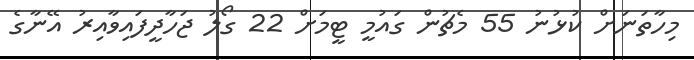
މިހާތަނަށް ކުޅުނު 55 މެޗުން ގައުމީ ޓީމަށް 22 ގޯލު ޖަހާދީފައިވާއިރު އޭނާގެ